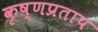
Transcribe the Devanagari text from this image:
कृष्णप्रताप